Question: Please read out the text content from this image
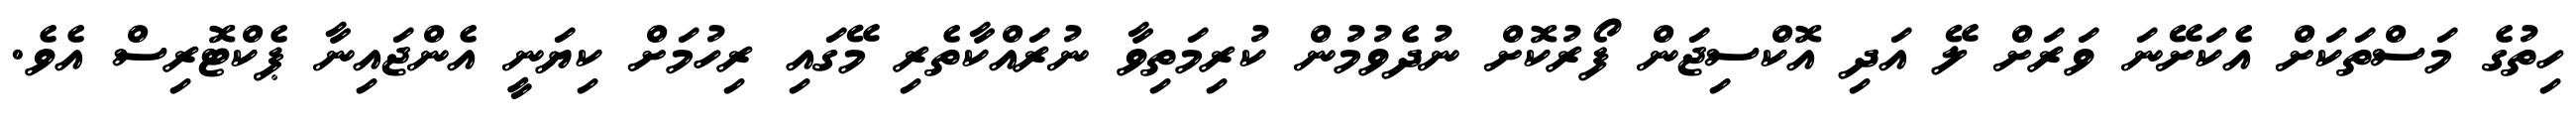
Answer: ހިތުގެ މަސްތަކަށް އެކަށޭނަ ވަރަށް ލޭ އަދި އޮކްސިޖަން ފޯރުކޮށް ނުދެވުމުން ކުރިމަތިވާ ނުރައްކާތެރި މޭގައި ރިހުމަށް ކިޔަނީ އެންޖައިނާ ޕެކްޓޮރިސް އެވެ.